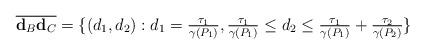
LaTeX: \begin{align*}\overline {\mathbf{d}_B \mathbf{d}_C}=\{(d_1,d_2):d_1=\tfrac{\tau_1}{\gamma(P_1)},\tfrac{\tau_1}{\gamma(P_1)}\leq d_2\leq \tfrac{\tau_1}{\gamma(P_1)}+\tfrac{\tau_2}{\gamma(P_2)}\}\end{align*}